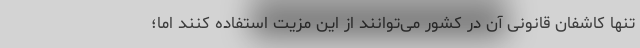
تنها کاشفان قانونی آن در کشور می‌توانند از این مزیت استفاده کنند اما؛